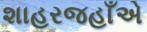
શાહરજહાઁએ